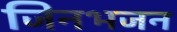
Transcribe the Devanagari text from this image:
जिनभजन